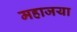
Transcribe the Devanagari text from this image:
महाजया